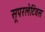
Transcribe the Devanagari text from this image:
सूपरलेटिवस